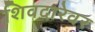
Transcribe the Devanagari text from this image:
शिवदारेवर